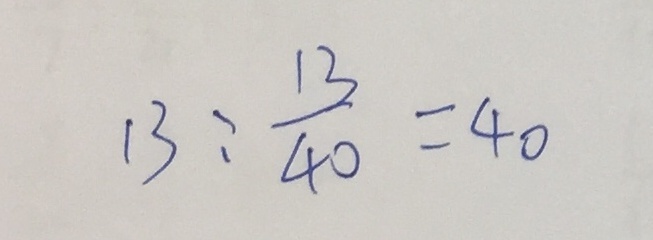
1 3 : \frac { 1 3 } { 4 0 } = 4 0